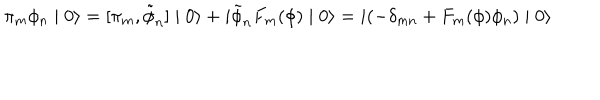
\pi _ { m } \phi _ { n } \mid 0 \rangle = [ \pi _ { m } , \tilde { \phi } _ { n } ] \mid 0 \rangle + i \tilde { \phi } _ { n } F _ { m } ( \phi ) \mid 0 \rangle = i ( - \delta _ { m n } + F _ { m } ( \phi ) \phi _ { n } ) \mid 0 \rangle